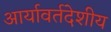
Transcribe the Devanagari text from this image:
आर्यावर्तदेशीय